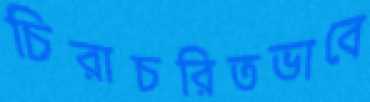
চিরাচরিতভাবে